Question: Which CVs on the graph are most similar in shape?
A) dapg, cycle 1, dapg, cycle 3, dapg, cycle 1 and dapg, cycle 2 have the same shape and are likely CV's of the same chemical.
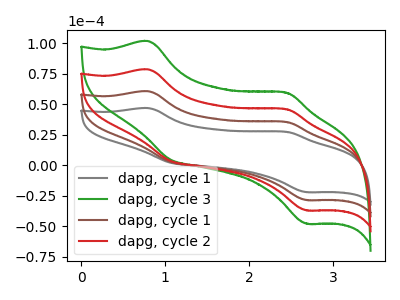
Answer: <think>The gray curve "dapg, cycle 1" has anodic peaks at (0.80V, 46.70uA) (2.45V, 27.30uA) and cathodic peaks at (1.05V, 2.10uA) (2.70V, -22.00uA). The green curve "dapg, cycle 3" has anodic peaks at (0.80V, 181.35uA) (2.45V, 106.10uA) and cathodic peaks at (1.05V, 8.10uA) (2.70V, -85.45uA). The brown curve "dapg, cycle 1" has anodic peaks at (0.80V, 60.45uA) (2.45V, 35.35uA) and cathodic peaks at (1.05V, 2.70uA) (2.70V, -28.50uA). The red curve "dapg, cycle 2" has anodic peaks at (0.80V, 120.90uA) (2.45V, 70.70uA) and cathodic peaks at (1.05V, 5.40uA) (2.70V, -57.00uA).
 All the peaks in "dapg, cycle 1" have a peak in "dapg, cycle 3" at the same potential. All the peaks in "dapg, cycle 1" have a peak in "dapg, cycle 1" at the same potential. All the peaks in "dapg, cycle 1" have a peak in "dapg, cycle 2" at the same potential. All the peaks in "dapg, cycle 3" have a peak in "dapg, cycle 1" at the same potential. All the peaks in "dapg, cycle 3" have a peak in "dapg, cycle 2" at the same potential. All the peaks in "dapg, cycle 1" have a peak in "dapg, cycle 2" at the same potential.</think>
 <answer>A) "dapg, cycle 1", "dapg, cycle 3", "dapg, cycle 1" and "dapg, cycle 2" have the same shape and are likely CV's of the same chemical.</answer>
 <eval>A</eval>